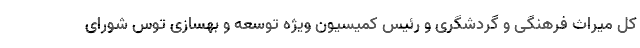
کل میراث فرهنگی و گردشگری و رئیس کمیسیون ویژه توسعه و بهسازی توس شورای